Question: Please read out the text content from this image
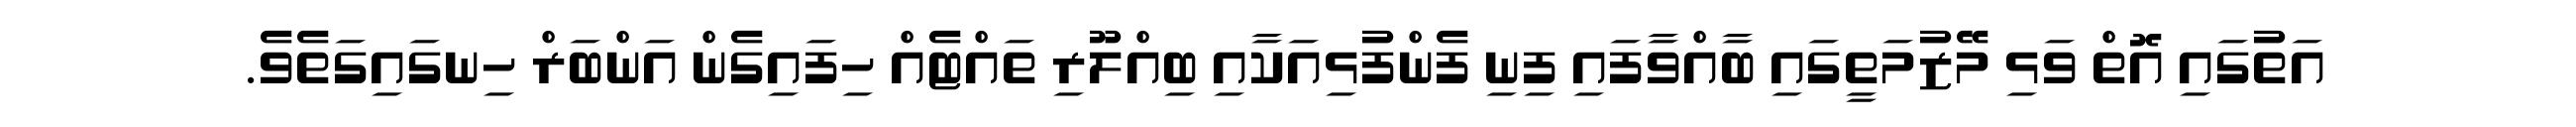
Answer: އަތުގައި އޮތް ވަޅި މޭޒުމަތީގައި ބާއްވާފައި ފިނި ފެންފުޅިއަކާއި ބިއްލޫރި ތައްޓެއް ހިފައިގެން އަންބަރް ހިނގައިގަތެވެ.